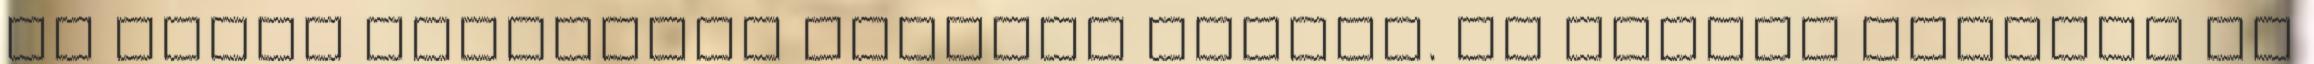
az egyik legrégibb egyéves növény. De milyen növényt is